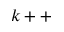
k + +